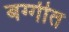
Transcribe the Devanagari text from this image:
बग्गीत